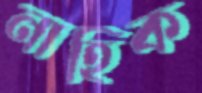
নাহিক